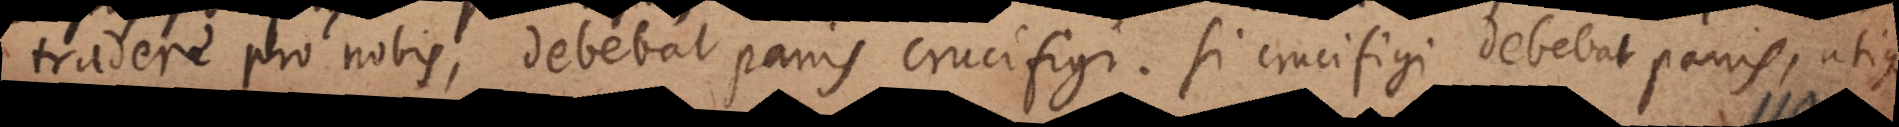
tradere pro nobis, debebat panis crucifigi. Si crucifigi debebat panis, utique